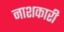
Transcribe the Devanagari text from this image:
नाशकारी